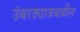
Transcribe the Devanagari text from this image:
उंबरठ्याजवळील